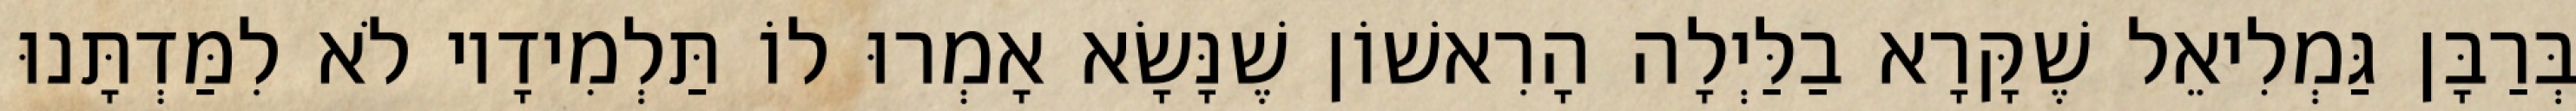
בְּרַבָּן גַּמְלִיאֵל שֶׁקָּרָא בַלַּיְלָה הָרִאשׁוֹן שֶׁנָּשָׂא אָמְרוּ לוֹ תַּלְמִידָיו לֹא לִמַּדְתָּנוּ